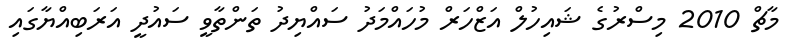
މާޗް 2010 މިސްރުގެ ޝައިހުލް އަޒްހަރް މުހައްމަދު ސައްޔިދު ތަންތާވީ ސައުދީ އަރަބިއްޔާގައި